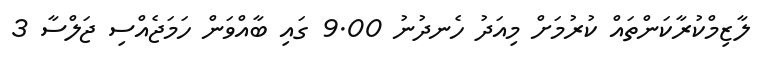
ލާޒިމްކުރާކަންތައް ކުރުމަށް މިއަދު ހެނދުނު 9.00 ގައި ބާއްވަން ހަމަޖެއްސި ޖަލްސާ 3